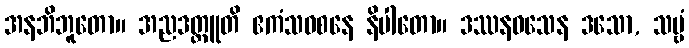
အနဘိဘူတော။ အညဒတ္ထူတိ ဧကံသဝစနေ နိပါတော။ ဒဿနဝသေန ဒသော, သဗ္ဗံ